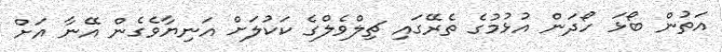
އަތުން ބޯޅަ ހޯދަން އުޅުމުގެ ތެރޭގައި ޗިލްވެލްގެ ކަކުލަށް އަނިޔާވެގެން އޭނާ އަށް